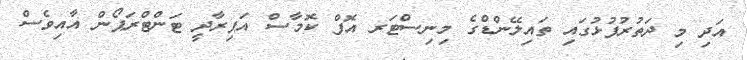
އަދި މި ދަތުރުފުޅުގައި ތައިލޭންޑްގެ މިނިސްޓަރ އޮފް ކޮމާސް އަޕިރާދީ ޓަންޓްރަޕޯން އާއިވެސް